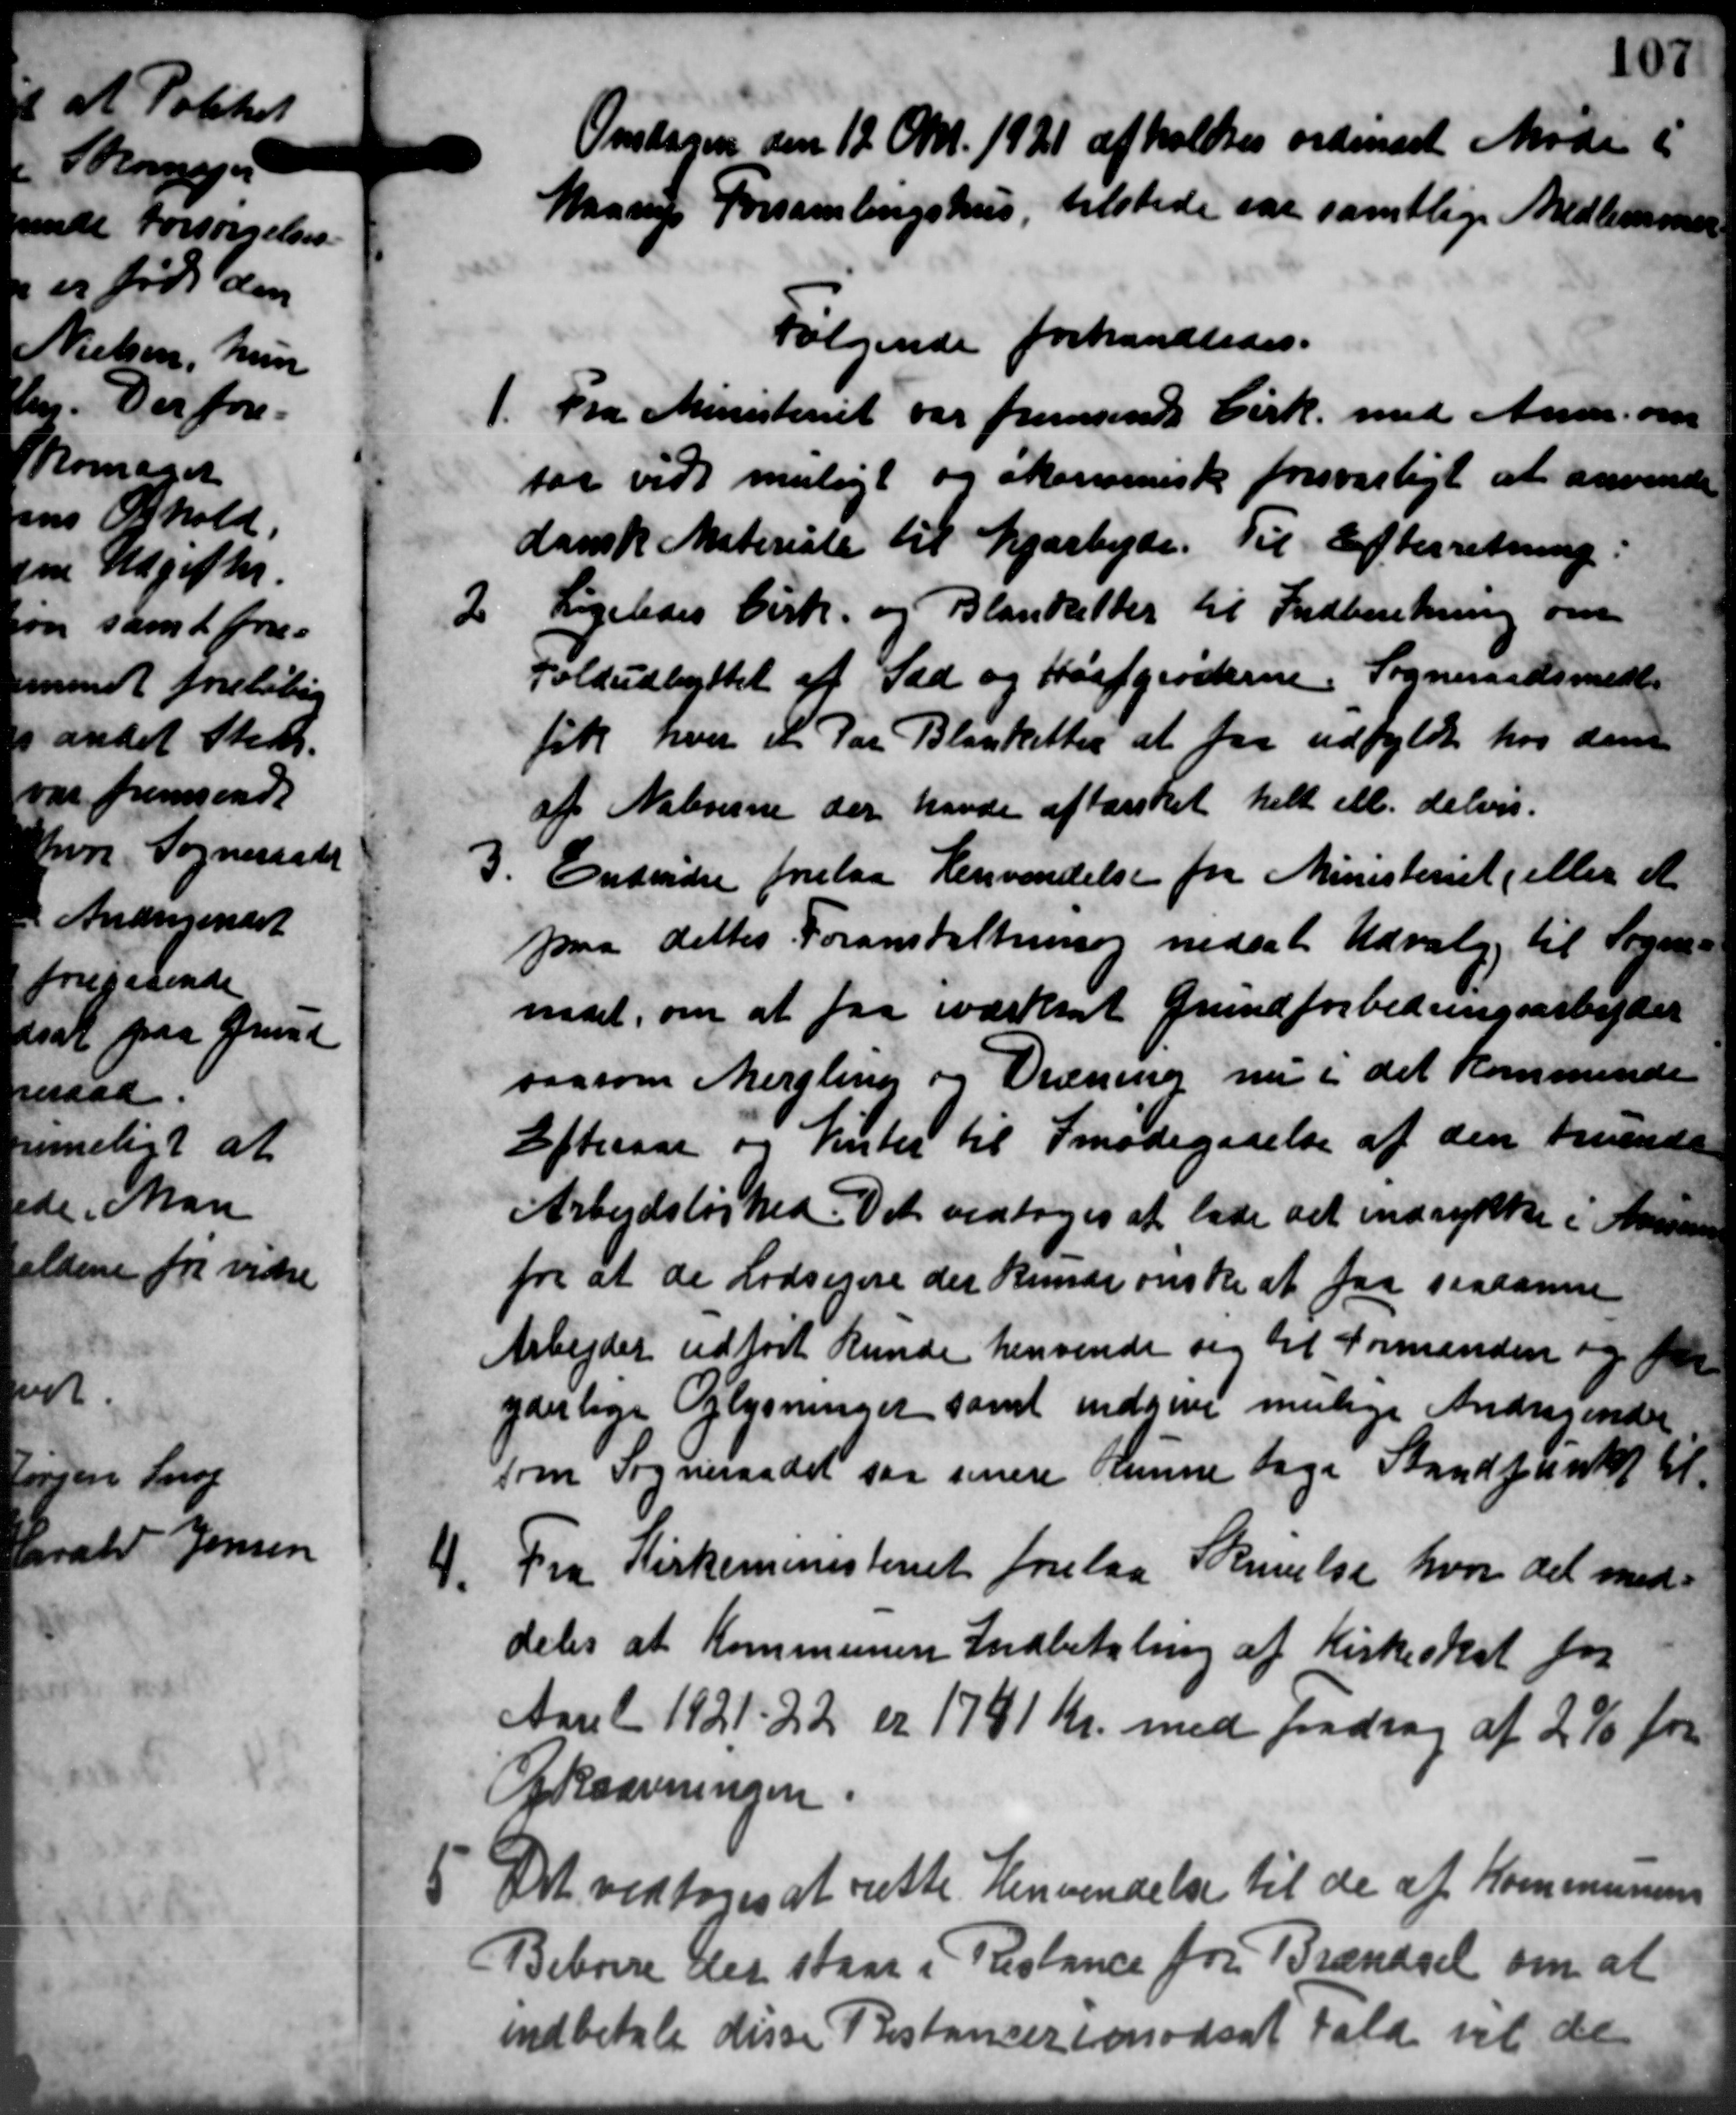
Transskription:
10

d

7

Onsdagen den 12 Okt. 1921 afholdtes ordinært Møde i
Maanes Forsamlingshus, tilstede var samtlige Medlemmer
Følgende forhandledes.
1.
Fra Ministeriet var fremsendt Cirk. med Andr. om
far vidt muligt og økonomiske forsvarligt at anvende
dansk Materiale til Vejarbejde. Til Efterretning:
2
Ligeledes Cirk. og Blanketter til Indberetning om
Foldudbyttet af Sæd og Haafgrøderne. Sogneraadsmedle
fik hver et Par Blanketter at faa udfyldt hos dem
af Naboerne der havde aftænket helt ell. delvis.

Endvidre forelaa Henvendelse fra Ministeriet eller et
paa dettes Foranstaltning nedsat Udvalg til Sogne-
idet, om at faa iværksat Grundforbedringsarbejder
saasom Mergling og Dræning nu i det kommende
Efteraar og Vinter til Imødegaaelse af den truende
Arbejdsløshed. Det vedtoges at lade det indrykke i Maan
for at de Lodsejere der kunde ønske at faa saadanne
Arbejder udført kunde henvende sig til Formanden og f
yderlige Oplysninger samt indgive mulige Andragende
som Sogneraadet saa senere Kunne tage Standpunkt til

.Fra Kirkeministeriet forelaa Skrivelse hvor det med-
deles at Kommunen Indbetaling af Kirkeskat for
Aaret 1921-22 er 1741 Kr. med fradrag af 29 fre
Oksavningen
5. Det vedtoges at rette Henvendelse til de af Kommunens
5. Det vedtoges at rette Henvendelse til de af Kommunens
Beboere det staar i Restance for Brændsel om at
indbetale disse Restancer i modsat fald vil de